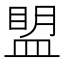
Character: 𰤾